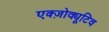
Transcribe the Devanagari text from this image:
एक्ज़ोक्यूटिव